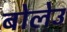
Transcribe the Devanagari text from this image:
बोलेउ